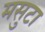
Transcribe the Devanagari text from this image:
मसुटा